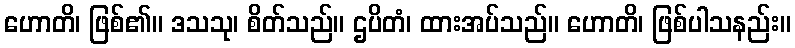
ဟောတိ၊ ဖြစ်၏။ ဒသသု၊ စိတ်သည်။ ဌပိတံ၊ ထားအပ်သည်။ ဟောတိ၊ ဖြစ်ပါသနည်း။